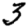
Digit: 3